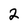
Character: 2